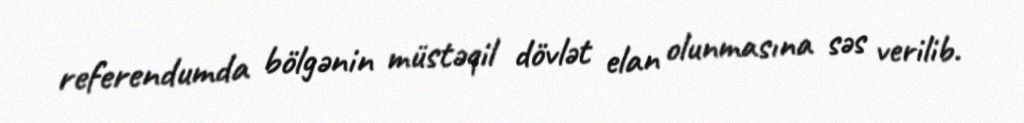
referendumda bölgənin müstəqil dövlət elan olunmasına səs verilib.